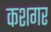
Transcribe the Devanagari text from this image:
कशगर